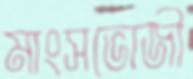
মাংসভোজী